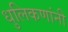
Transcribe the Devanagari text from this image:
धुलिकणांनी